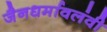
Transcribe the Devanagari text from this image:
जैनधर्मावलंवी